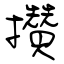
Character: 攢